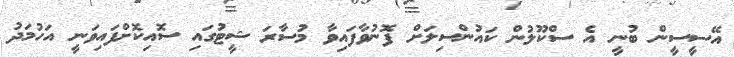
އޭސީސީން ބުނީ އެ ސްކޫލުން ކައުންސިލަށް ފޮނުވާފައިވާ މުސާރަ ޝީޓުގައި ސޮއިކޮށްފައިވަނީ އަހުމަދު